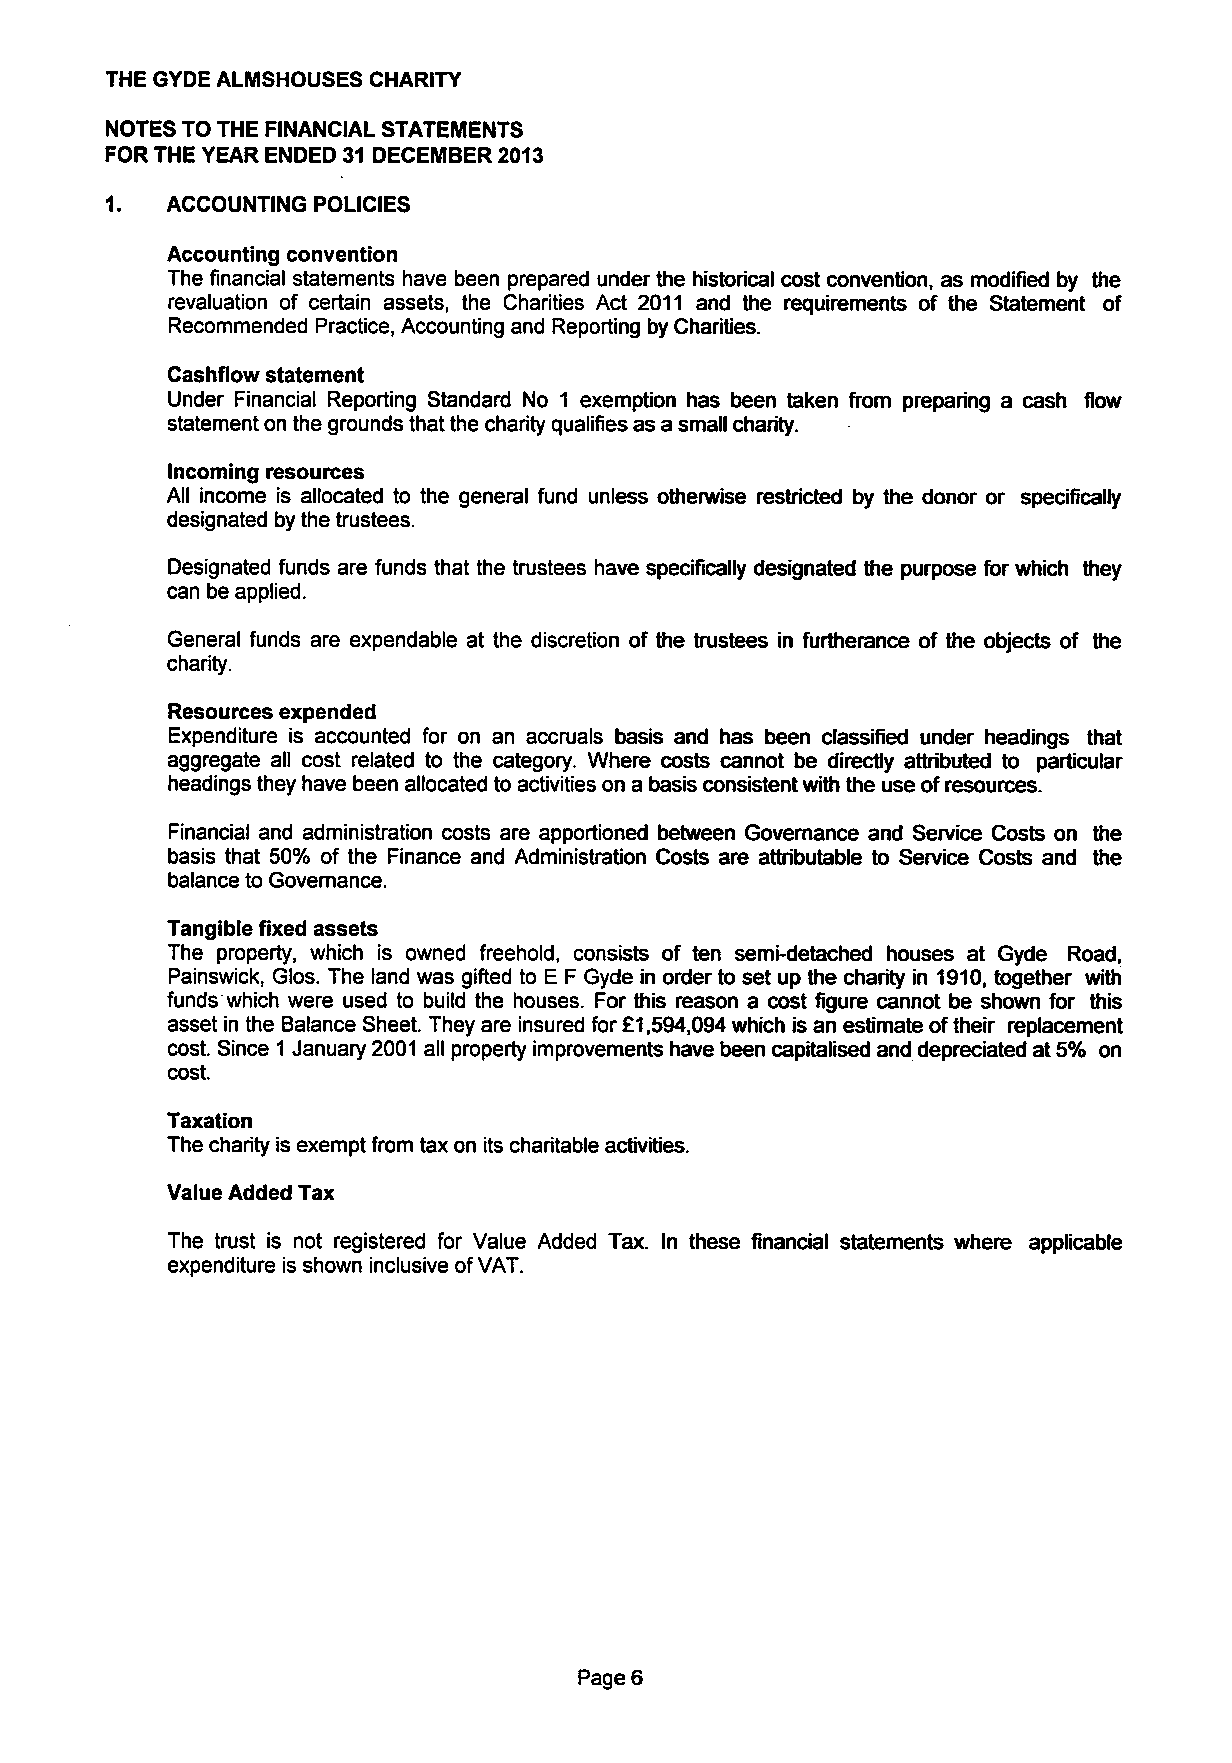
THE GYDE ALMSHOUSES CHARITY
 NOTESTOTHE FINANCIAL STATEMENTS
 FORTHE YEAR ENDED 31 DECEMBER2013
 1.  ACCOUNTING POLICIES
 Accounting convention
 Thefinancial statements have been prepared underthe historical cost convention,as modified by the
 revaluation of certain assets, the Charities Act 2011 and the requirements of the Statement of
 Recommended Practice, Accountingand Reporting byCharities.
 Cashflowstatement
 Under Financial Reporting Standard No 1 exemption has been taken from preparing a cash flow
 statementon thegroundsthatthe charity qualifies asa smallcharity.
 Incoming resources
 All income is allocated to the general fund unless otherwise restricted by the donor or specifically
 designated bythetrustees.
 Designated funds are funds that the trustees have specifically designated the purpose forwhich they
 can beapplied.
 General funds are expendable at the discretion of the trustees in furtherance of the objects of the
 charity.
 Resourcesexpended
 Expenditure is accounted for on an accruals basis and has been classified under headings that
 aggregate all cost related to the category. Where costs cannot be directly attributed to particular
 headingstheyhave beenallocated to activitieson a basisconsistentwiththe use of resources.
 Financial and administration costs are apportioned between Governance and Service Costs on the
 basis that 50% of the Finance and Administration Costs are attributable to Service Costs and the
 balanceto Governance.
 Tangible fixed assets
 The property, which is owned freehold, consists of ten semi-detached houses at Gyde Road,
 Painswick, Glos. The land was gifted to E F Gyde inorderto set up the charity in 1910, together with
 funds which were used to buildthe houses. For this reason a cost figure cannot be shown for this
 assetinthe BalanceSheet. Theyare insured for£1,594,094 which is an estimateof their replacement
 cost. Since 1January2001 allpropertyimprovements have been capitalised and depreciatedat5% on
 cost.
 Taxation
 Thecharityis exemptfrom tax on itscharitableactivities.
 Value AddedTax
 The trust is not registered for Value Added Tax. In these financial statements where applicable
 expenditure isshown inclusiveofVAT.
 Page6